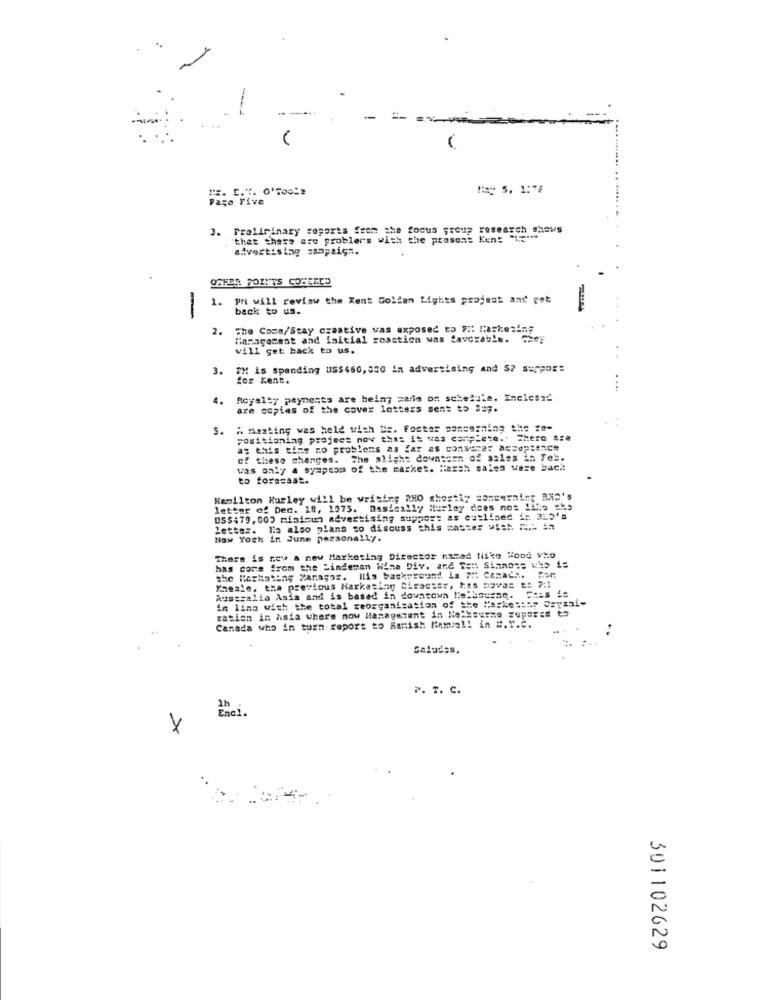
Page Five
3. Preliminary reports from the focus group research Shows
"that these are problers with the present Kent "Lc"."
advertising spapeiga.
OGHER POINTS COVERED
1. pri will review the Xent Golden Lights projest and pet
-
back to us.
2.
The Coma/Stay czaative was exposed to Fi: lasketing
Management and initial zoaction was Savezable. They
will get back to us.
3.
TH is spending US$460,000 in advertising and $? support
for Kent.
4.
Royalty payments are being saria on schedule. Enelesa2
saias of the cover latters sent to Zug.
S. A meating was held with Dr. Foster sansemning the ="-
$.
positioning project nov that it vas complete .. There are
at this time no problems as far as conserer acceptance
of these changes.
The slight down:uen of sales in Fel.
was only a symptom of the masket. Mezah sales were bach:
to forecast.
Hamilton Hurley will be writing RHO shostiy concerning RAS's
letter of Dec. 18, 1975. Basically Hurley does nos 11%o tha
05$479,000 minisun advertising suppor: as outlined i; 200's
letter. la also plans so discuss this zatses uist A. in
Now York in June personally.
There is row a new Marketing Director nazad liike Hood vho
has come from the Lindeman Wine Div. and Ten Sinnos: who is
the Hersstone xanagos. His background is 7H: Cenach. for;
Yasale, the previous Marketing Disaster, kes pavas t: 2:1
Australia Asia and is based in downtown Melbourne.
in ling with the total reorganization of the Maskestoy Capsai-
ration in Asia where now Management in Welksurme xupares to
Canada who in turn report to Hamish Hemol! in #. T.C.
Saludos,
P. T. C.
Enci.
2h
×
301102629